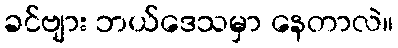
ခင်ဗျား ဘယ်ဒေသမှာ နေတာလဲ။